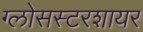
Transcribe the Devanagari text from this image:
ग्लोसस्टरशायर